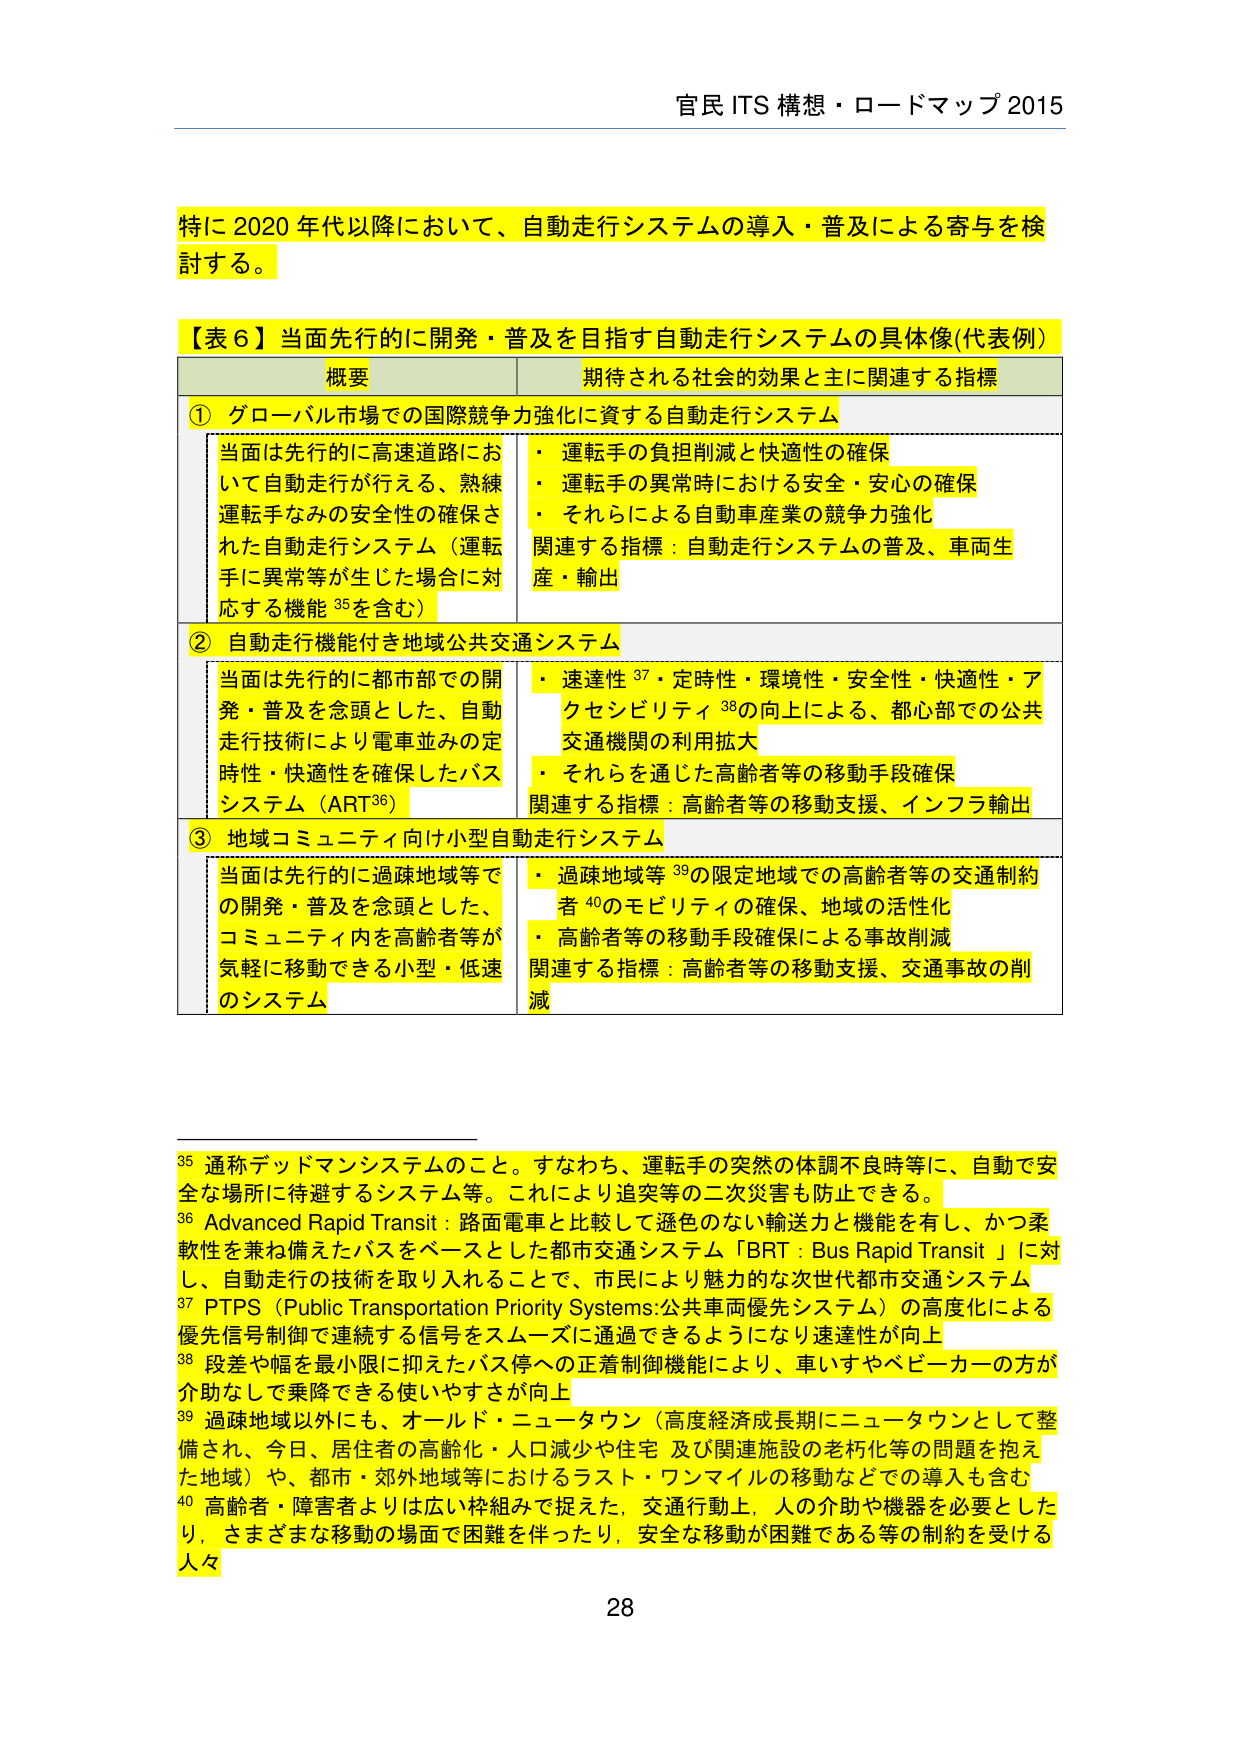
官民 ITS 構想・ロードマップ 2015

特に 2020 年代以降において、自動走行システムの導入・普及による寄与を検討する。

【表 6】当面先行的に開発・普及を目指す自動走行システムの具体像（代表例）

概要 期待される社会的効果と主に関連する指標

① グローバル市場での国際競争力強化に資する自動走行システム
・当面は先行的に高速道路において自動走行が行える、熟練運転手のみの安全性の確保された自動走行システム（運転手に異常等が生じた場合に対応する機能 35を含む）
・運転手の負担削減と快適性の確保
・運転手の異常時における安全・安心の確保
・それらによる自動車産業の競争力強化
関連する指標：自動走行システムの普及、車両生産・輸出

② 自動走行機能付き地域公共交通システム
・当面は先行的に都市部での開発・普及を念頭とした、自動走行技術により電車並みの定時性・快適性を確保したバスシステム（ART 36）
・速達性 37・定時性・環境性・安全性・快適性・アクセシビリティ 38の向上による、都心部での公共交通機関の利用拡大
・それらを通じた高齢者等の移動手段確保
関連する指標：高齢者等の移動支援、インフラ輸出

③ 地域コミュニティ向け小型自動走行システム
・当面は先行的に過疎地域等での開発・普及を念頭とした、コミュニティ内を高齢者等が気軽に移動できる小型・低速のシステム
・過疎地域等 39の限定地域での高齢者等の交通制約者 40のモビリティの確保、地域の活性化
・高齢者等の移動手段確保による事故削減
関連する指標：高齢者等の移動支援、交通事故の削減

35 通称デッドマンシステムのこと。すなわち、運転手の突然の体調不良時等に、自動で安全な場所に待避するシステム等。これにより追突等の二次災害も防止できる。
36 Advanced Rapid Transit：路面電車と比較して遜色のない輸送力と機能を有し、かつ柔軟性を兼ね備えたバスをベースとした都市交通システム「BRT：Bus Rapid Transit」に対し、自動走行の技術を取り入れることで、市民により魅力的な次世代都市交通システム
37 PTPS（Public Transportation Priority Systems：公共車両優先システム）の高度化による優先信号制御で連続する信号をスムーズに通過できるようになり速達性が向上
38 段差や幅を最小限に抑えたバス停への正着制御機能により、車いすやベビーカーの方が介助なしで乗降できる使いやすさが向上
39 過疎地域以外にも、オールド・ニュータウン（高度経済成長期にニュータウンとして整備され、今日、居住者の高齢化・人口減少や住宅及び関連施設の老朽化等の問題を抱えた地域）や、都市・郊外地域等におけるラスト・ワンマイルの移動などでの導入も含む
40 高齢者・障害者よりは広い枠組みで捉えた、交通行動上、人の介助や機器を必要としたり、さまざまな移動の場面で困難を伴ったり、安全な移動が困難である等の制約を受ける人々

28